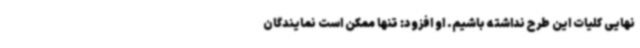
نهایی کلیات این طرح نداشته باشیم. او افزود: تنها ممکن است نمایندگان